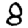
Digit: 8